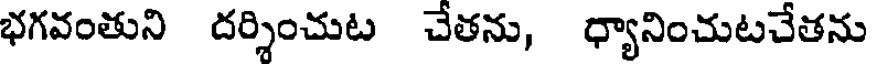
భగవంతుని దర్శించుట చేతను, ధ్యానించుటచేతను